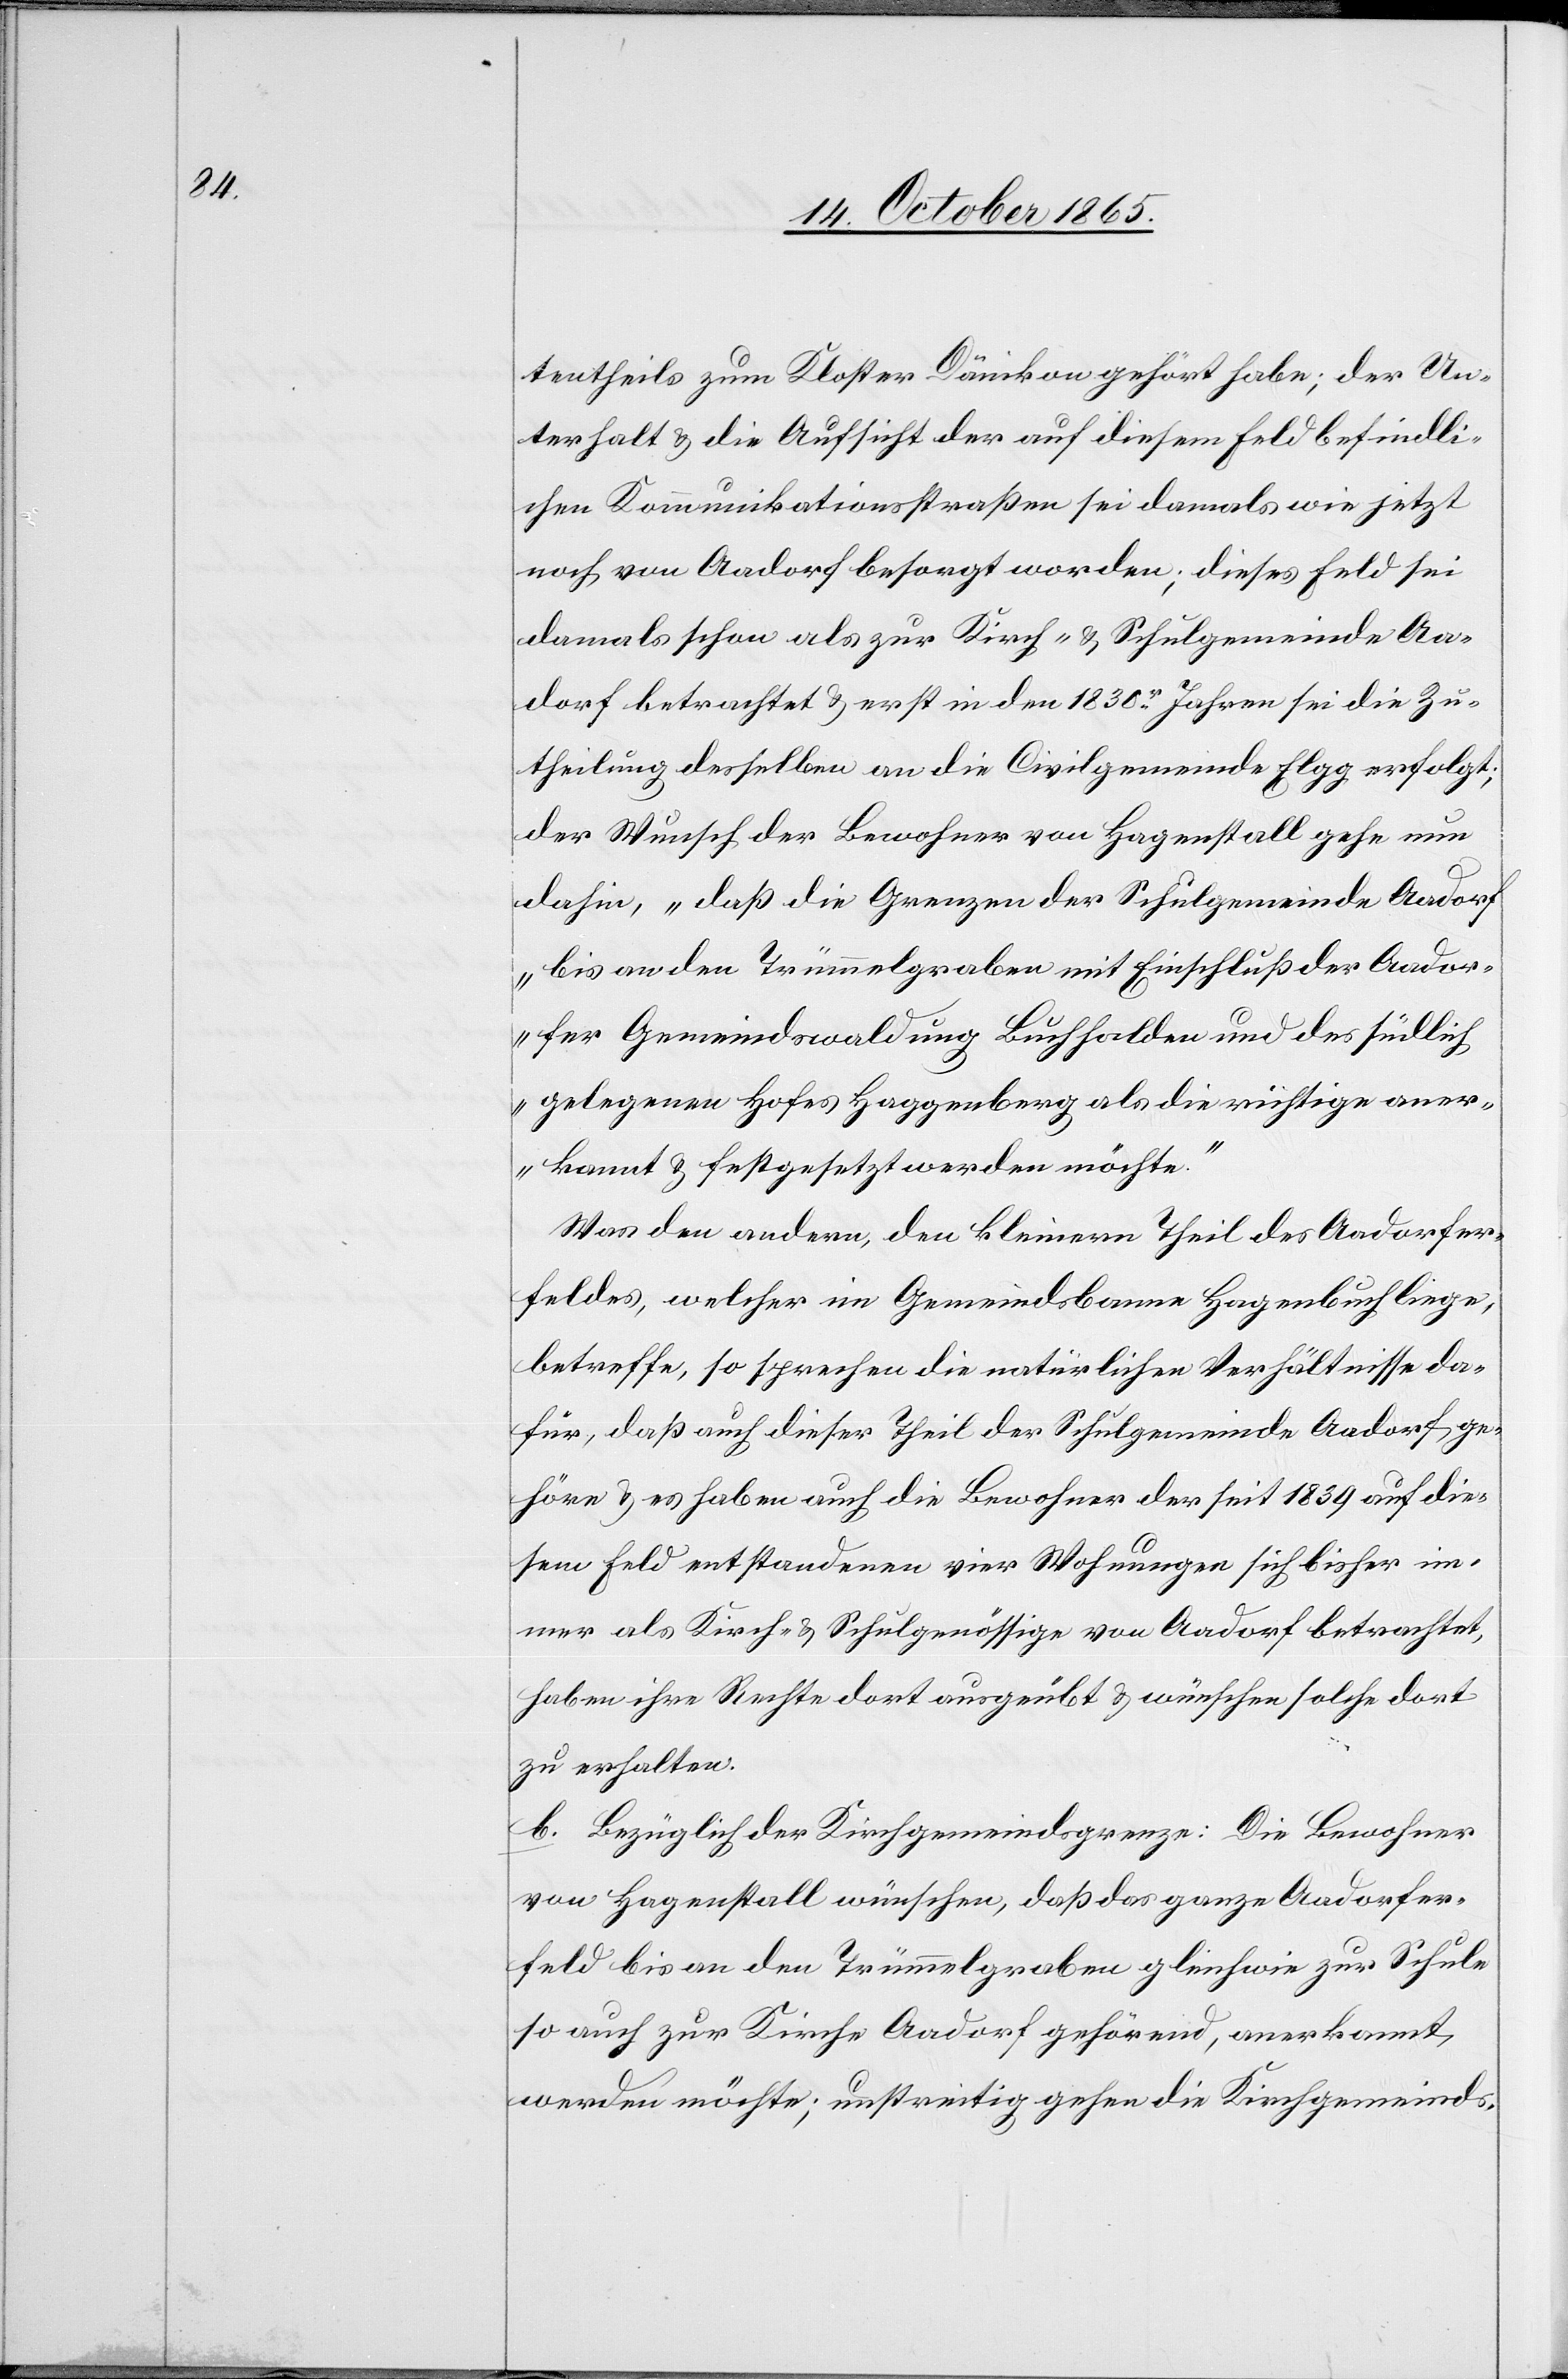
[ge¬

tentheils zum Kloster Dänikon gehört habe; der Un¬
terhalt & die Aufsicht der auf diesem Feld befindli¬
chen Kommunikationsstraßen sei damals wie jetzt
noch von Aadorf besorgt worden; dieses Feld sei
damals schon als zur Kirch- & Schulgemeinde Aa¬
hörig] betrachtet & erst in den 1830r Jahren sei die Zu¬
theilung desselben an die Civilgemeinde Elgg erfolgt;
der Wunsch der Bewohner von Hagenstall gehe nun
dahin, „daß die Grenzen der Schulgemeinde Aadorf
bis an den Trümmelgraben mit Einschluß der Aador¬
fer Gemeindswaldung Buchhalden und des südlich
gelegenen Hofes Haggenberg als die richtige aner¬
kannt & festgesetzt werden möchte.“
Was den andern, den kleinern Theil des Aadorfer¬
feldes, welcher im Gemeindsbanne Hagenbuch liege,
betreffe, so sprechen die natürlichen Verhältnisse da¬
für, daß auch dieser Theil der Schulgemeinde Aadorf ge¬
höre & es haben auch die Bewohner der seit 1839 auf die¬
sem Feld entstandenen vier Wohnungen sich bisher im¬
mer als Kirch- & Schulgenössige von Aadorf betrachtet,
haben ihre Rechte dort ausgeübt & wünschen solche dort
zu erhalten.
b. Bezüglich der Kirchgemeindsgrenze: Die Bewohner
von Hagenstall wünschen, daß das ganze Aadorfer¬
feld bis an den Trümmelgraben gleichwie zur Schule
so auch zur Kirche Aadorf gehörend, anerkannt
werden möchte; unstreitig gehen die Kirchgemeinds-